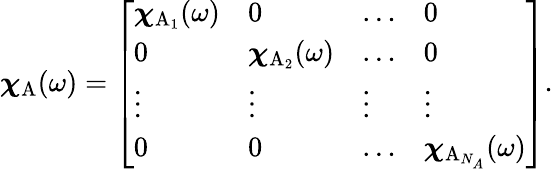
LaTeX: {\boldsymbol{\chi}}_{\mathrm{A}}(\omega)=\left[\begin{array}{llll}{{\boldsymbol{\chi}}_{\mathrm{A}_{1}}(\omega)}&{0}&{\dots}&{0}\\ {0}&{{\boldsymbol{\chi}}_{\mathrm{A}_{2}}(\omega)}&{\dots}&{0}\\ {\vdots}&{\vdots}&{\vdots}&{\vdots}\\ {0}&{0}&{\dots}&{{\boldsymbol{\chi}}_{\mathrm{A}_{N_{A}}}(\omega)}\end{array}\right].